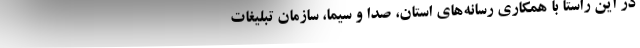
در این راستا با همکاری رسانه‌های استان، صدا و سیما، سازمان تبلیغات